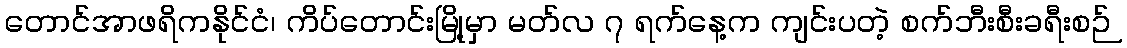
တောင်အာဖရိကနိုင်ငံ၊ ကိပ်တောင်းမြို့မှာ မတ်လ ၇ ရက်နေ့က ကျင်းပတဲ့ စက်ဘီးစီးခရီးစဉ်